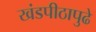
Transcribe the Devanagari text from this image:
खंडपीठापुढे